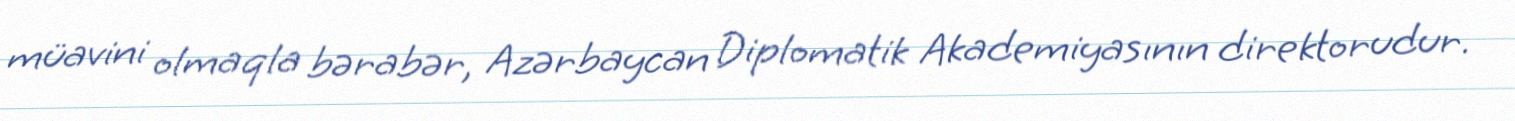
müavini olmaqla bərabər, Azərbaycan Diplomatik Akademiyasının direktorudur.